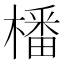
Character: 橎